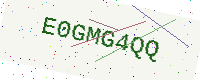
Text: E0GMG4QQ